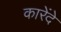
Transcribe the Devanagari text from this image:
कारेंदे